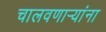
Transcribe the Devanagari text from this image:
चालवणार्‍यांना